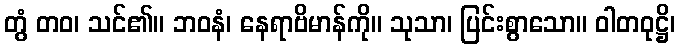
တွံ တဝ၊ သင်၏။ ဘဝနံ၊ နေရာဗိမာန်ကို။ သုသာ၊ ပြင်းစွာသော။ ဝါတဝုဋ္ဌိ၊